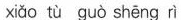
xiǎo tù guò shēng rì